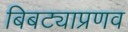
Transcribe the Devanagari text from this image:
बिबट्याप्रणव